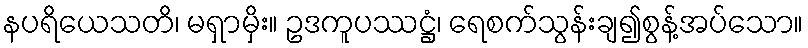
နပရိယေသတိ၊ မရှာမှိး။ ဥဒကူပဿဋ္ဌံ၊ ရေစက်သွန်းချ၍စွန့်အပ်သော။